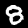
Digit: 8